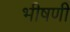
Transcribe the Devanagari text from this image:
भीषणी